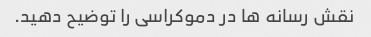
نقش رسانه ها در دموکراسی را توضیح دهید.